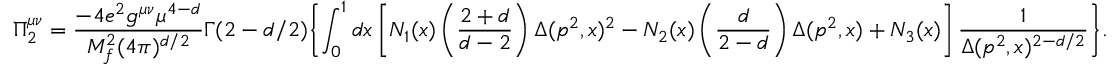
\Pi _ { 2 } ^ { \mu \nu } = \frac { - 4 e ^ { 2 } g ^ { \mu \nu } \mu ^ { 4 - d } } { M _ { f } ^ { 2 } ( 4 \pi ) ^ { d / 2 } } \Gamma ( 2 - d / 2 ) \biggl \{ \int _ { 0 } ^ { 1 } d x \left[ N _ { 1 } ( x ) \left( \frac { 2 + d } { d - 2 } \right) \Delta ( p ^ { 2 } , x ) ^ { 2 } - N _ { 2 } ( x ) \left( \frac { d } { 2 - d } \right) \Delta ( p ^ { 2 } , x ) + N _ { 3 } ( x ) \right] \frac { 1 } { \Delta ( p ^ { 2 } , x ) ^ { 2 - d / 2 } } \biggr \} .